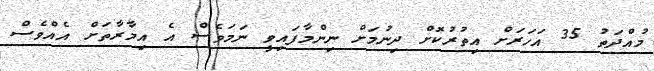
މުއްދަތު 35 އަހަރަށް އިތުރުކޮށް ދިނުމަށް ނިންމާފައިވީ ނަމަވެސް އެ އިމާރާތަށް އެއްވެސް